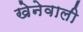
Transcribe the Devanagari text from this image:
खेनेवाली